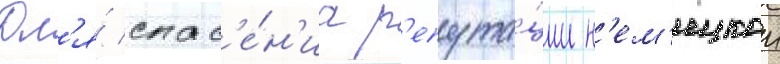
Дл'я́ спас'е́н'иа р'епута́ции н'ем'ецкои